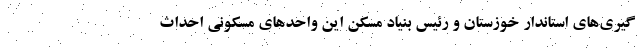
گیری‌های استاندار خوزستان و رئیس بنیاد مسکن این واحدهای مسکونی احداث